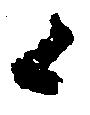
候